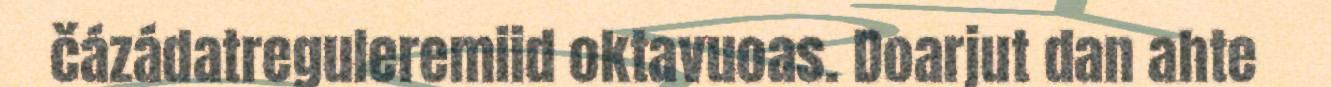
čázádatreguleremiid oktavuoas. Doarjut dan ahte